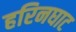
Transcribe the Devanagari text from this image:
हरिनघाट